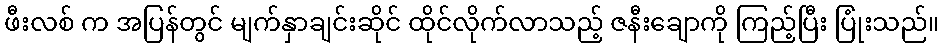
ဖီးလစ် က အပြန်တွင် မျက်နှာချင်းဆိုင် ထိုင်လိုက်လာသည့် ဇနီးချောကို ကြည့်ပြီး ပြုံးသည်။